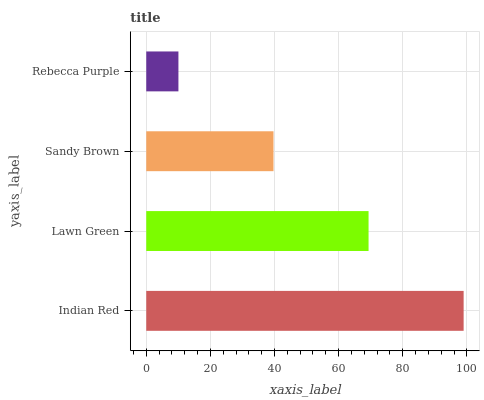
| yaxis_label | bars |
 | --- | --- |
 | Indian Red | 99 |
 | Lawn Green | 69.3 |
 | Sandy Brown | 39.7 |
 | Rebecca Purple | 10 |